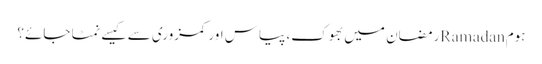
ہومRamadanرمضان میں بھوک، پیاس اور کمزوری سے کیسے نمٹا جائے؟